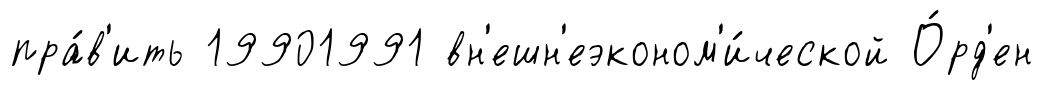
пра́в'ить 19901991 вн'ешн'еэконом'и́ческой О́рд'ен